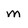
Character: m